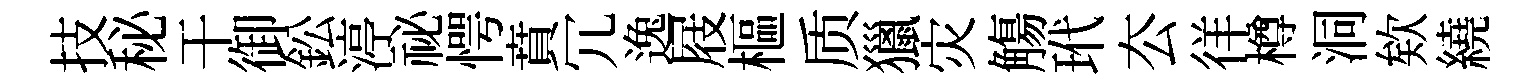
技秘干御鈆渟祕愕賁冗逸屐樞质獵灾觴玳厺徉樽洞欸繞